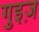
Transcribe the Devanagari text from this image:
गुइज़